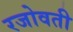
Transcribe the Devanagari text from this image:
रजोवती